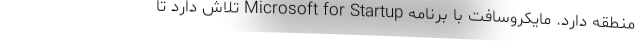
منطقه دارد. مایکروسافت با برنامه Microsoft for Startup تلاش دارد تا